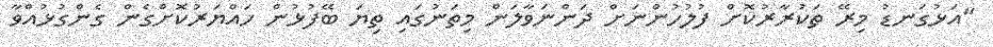
"އަޅުގަނޑު މިރޭ ތަކުރާރުކޮށް ފުލުހުންނަށް ދަންނަވާލަން މިތަނުގައި ތިޔަ ބޭފުޅުން ހައްޔަރުކޮށްގެން ގެންގުޅުއްވާ